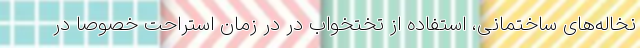
نخاله‌های ساختمانی، استفاده از تختخواب در در زمان استراحت خصوصا در